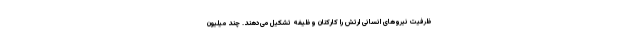
ظرفیت نیروهای انسانی ارتش را کارکنان وظیفه تشکیل می‌دهند. چند میلیون